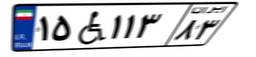
۱۵W۱۱۳۸۳